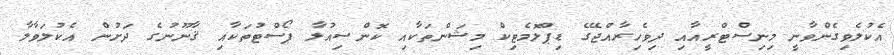
އެކުލެވިގެންވާނީ މިނިސްޓްރީއާއި ދިވެހިރާއްޖޭގެ ޑިޕްލޮމެޓިކް މިޝަންތަކާއި ކޮންސިއުލާ ޕޯސްޓުތަކާއި ޤާނޫނުގެ ދަށުން އެކުލަވާލާ